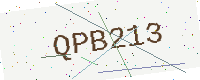
Text: QPB213